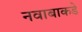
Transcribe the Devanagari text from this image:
नवाबाकडे